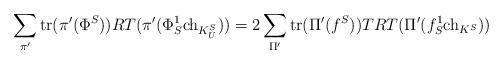
LaTeX: \begin{align*} \sum_{\pi'} \mathrm{tr}(\pi'(\Phi^S))RT(\pi'(\Phi^1_S\mathrm{ch}_{K^S_U}))=2\sum_{\Pi'} \mathrm{tr}(\Pi'(f^S))TRT(\Pi'(f^1_S\mathrm{ch}_{K^S}))\end{align*}